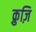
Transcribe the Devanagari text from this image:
क्रुज़ि